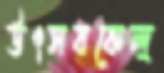
উৎসবকেন্দ্র